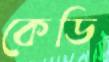
কেডি